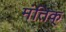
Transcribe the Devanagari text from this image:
मंतिक्‌